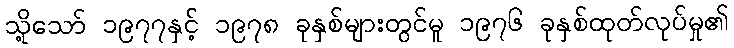
သို့သော် ၁၉၇၇နှင့် ၁၉၇၈ ခုနှစ်များတွင်မူ ၁၉၇၆ ခုနှစ်ထုတ်လုပ်မှု၏